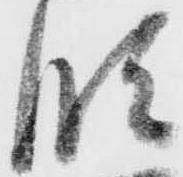
段